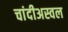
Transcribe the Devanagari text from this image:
चांदीअस्वल